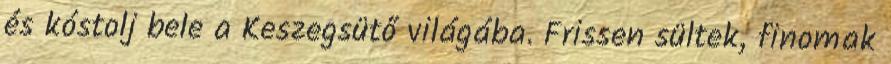
és kóstolj bele a Keszegsütő világába. Frissen sültek, finomak